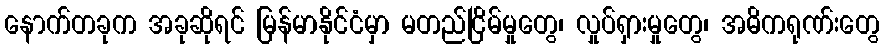
နောက်တခုက အခုဆိုရင် မြန်မာနိုင်ငံမှာ မတည်ငြိမ်မှုတွေ၊ လှုပ်ရှားမှုတွေ၊ အဓိကရုဏ်းတွေ